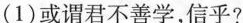
（1）或谓君不善学，信乎？